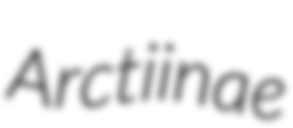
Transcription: Arctiinae